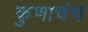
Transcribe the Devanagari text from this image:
कुणाचंच